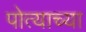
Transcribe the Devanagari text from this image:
पोत्याच्या